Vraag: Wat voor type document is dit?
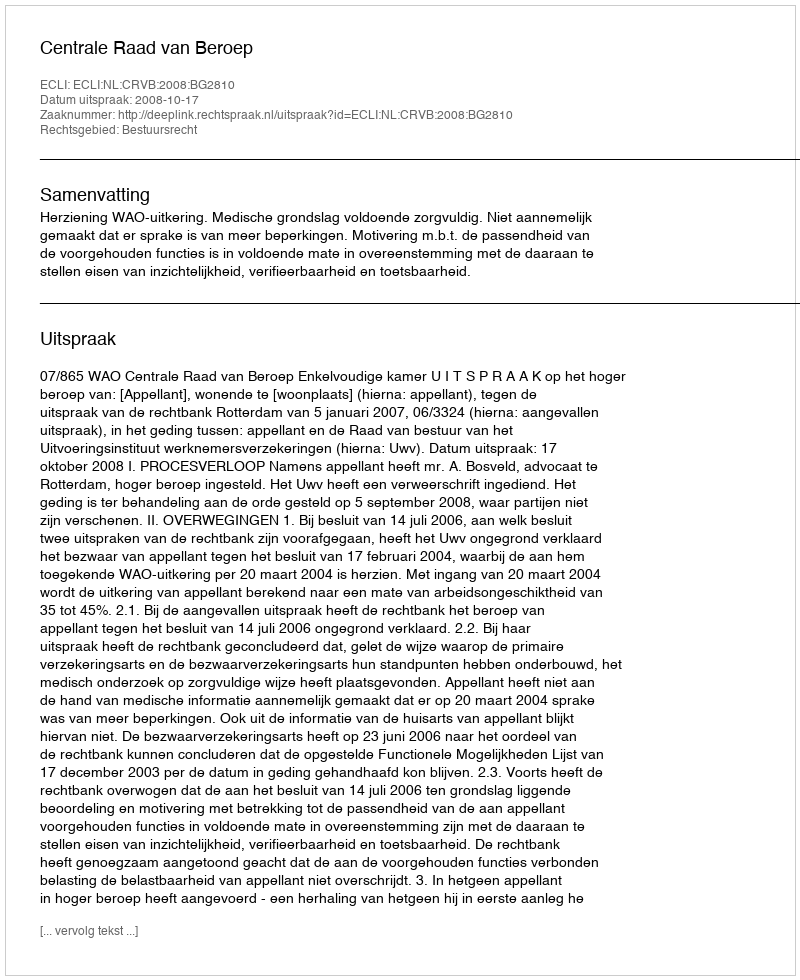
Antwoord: Uitspraak